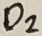
Text: D2